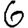
Digit: 6